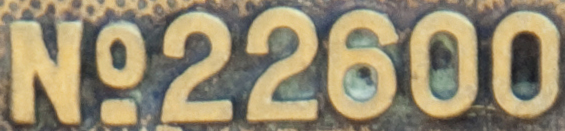
No.22600